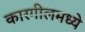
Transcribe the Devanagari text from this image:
कारगीलमध्ये